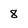
Character: 8